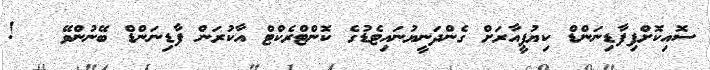
ސޮއިކޮށްފިފާޑިނަންޑް ކިޔުޕީއާރަށް ގެންދަނީޔުނައިޓެޑުގެ ކޮންޓްރެކްޓް އާކުރަން ފާޑިނަންޑް ބޭނުންވޭ   !